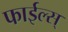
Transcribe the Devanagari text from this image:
फाईल्स्